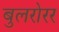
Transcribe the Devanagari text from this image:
बुलरोरर